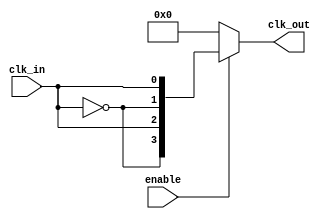
module SkewOptimizedClockBuffer #(
    parameter N = 4,   // Number of outputs
    parameter DELAY = 2 // Delay in the buffer stages (can be adjusted per requirements)
)(
    input wire clk_in,           // Input clock signal
    input wire enable,           // Enable control signal
    output reg [N-1:0] clk_out   // Buffered clock outputs
);

// Internal buffer wiring
wire [N-1:0] buffered_clk;

// Generate buffer instances for each output
generate
    genvar i;
    for (i = 0; i < N; i = i + 1) begin: buffer_gen
        // Inverting and non-inverting buffers to control drive strength and minimize skew
        if (i % 2 == 0) begin
            // Non-inverting buffer
            assign buffered_clk[i] = clk_in;
        end else begin
            // Inverting buffer
            assign buffered_clk[i] = ~clk_in;
        end
    end
endgenerate

// Output logic with enable control
always @(*) begin
    if (enable) begin
        // Assign buffered clock signals to output
        clk_out = buffered_clk;
    end else begin
        // When disabled, output low to save power
        clk_out = {N{1'b0}};
    end
end

endmodule